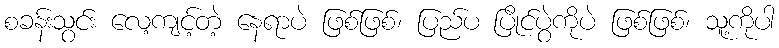
စခန်းသွင်း လေ့ကျင့်တဲ့ နေရာပဲ ဖြစ်ဖြစ်၊ ပြည်ပ ပြိုင်ပွဲကိုပဲ ဖြစ်ဖြစ်၊ သူ့ကိုပါ